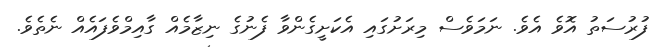
ފުރުސަތު އޮވެ އެވެ. ނަމަވެސް މިރަށުގައި އެކަށީގެންވާ ފެނުގެ ނިޒާމެއް ގާއިމްވެފައެއް ނެތެވެ.